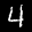
Label: 4